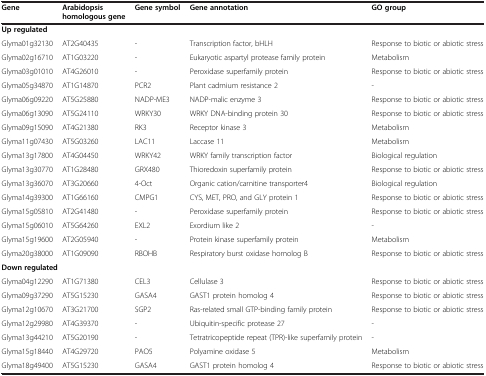
<table><thead><tr><td><b>Gene</b></td><td><b>Arabidopsis homologous gene</b></td><td><b>Gene symbol</b></td><td><b>Gene annotation</b></td><td><b>GO group</b></td></tr></thead><tbody><tr><td colspan="5"><b>Up regulated</b></td></tr><tr><td>Glyma01g32130</td><td>AT2G40435</td><td>-</td><td>Transcription factor, bHLH</td><td>Response to biotic or abiotic stress</td></tr><tr><td>Glyma02g16710</td><td>AT1G03220</td><td>-</td><td>Eukaryotic aspartyl protease family protein</td><td>Metabolism</td></tr><tr><td>Glyma03g01010</td><td>AT4G26010</td><td>-</td><td>Peroxidase superfamily protein</td><td>Response to biotic or abiotic stress</td></tr><tr><td>Glyma05g34870</td><td>AT1G14870</td><td>PCR2</td><td>Plant cadmium resistance 2</td><td>-</td></tr><tr><td>Glyma06g09220</td><td>AT5G25880</td><td>NADP-ME3</td><td>NADP-malic enzyme 3</td><td>Response to biotic or abiotic stress</td></tr><tr><td>Glyma06g13090</td><td>AT5G24110</td><td>WRKY30</td><td>WRKY DNA-binding protein 30</td><td>Response to biotic or abiotic stress</td></tr><tr><td>Glyma09g15090</td><td>AT4G21380</td><td>RK3</td><td>Receptor kinase 3</td><td>Metabolism</td></tr><tr><td>Glyma11g07430</td><td>AT5G03260</td><td>LAC11</td><td>Laccase 11</td><td>Metabolism</td></tr><tr><td>Glyma13g17800</td><td>AT4G04450</td><td>WRKY42</td><td>WRKY family transcription factor</td><td>Biological regulation</td></tr><tr><td>Glyma13g30770</td><td>AT1G28480</td><td>GRX480</td><td>Thioredoxin superfamily protein</td><td>Response to biotic or abiotic stress</td></tr><tr><td>Glyma13g36070</td><td>AT3G20660</td><td>4-Oct</td><td>Organic cation/carnitine transporter4</td><td>Biological regulation</td></tr><tr><td>Glyma14g39300</td><td>AT1G66160</td><td>CMPG1</td><td>CYS, MET, PRO, and GLY protein 1</td><td>Response to biotic or abiotic stress</td></tr><tr><td>Glyma15g05810</td><td>AT2G41480</td><td>-</td><td>Peroxidase superfamily protein</td><td>Response to biotic or abiotic stress</td></tr><tr><td>Glyma15g06010</td><td>AT5G64260</td><td>EXL2</td><td>Exordium like 2</td><td>-</td></tr><tr><td>Glyma15g19600</td><td>AT2G05940</td><td>-</td><td>Protein kinase superfamily protein</td><td>Metabolism</td></tr><tr><td>Glyma20g38000</td><td>AT1G09090</td><td>RBOHB</td><td>Respiratory burst oxidase homolog B</td><td>Response to biotic or abiotic stress</td></tr><tr><td colspan="5"><b>Down regulated</b></td></tr><tr><td>Glyma04g12290</td><td>AT1G71380</td><td>CEL3</td><td>Cellulase 3</td><td>Response to biotic or abiotic stress</td></tr><tr><td>Glyma09g37290</td><td>AT5G15230</td><td>GASA4</td><td>GAST1 protein homolog 4</td><td>Response to biotic or abiotic stress</td></tr><tr><td>Glyma12g10670</td><td>AT3G21700</td><td>SGP2</td><td>Ras-related small GTP-binding family protein</td><td>Response to biotic or abiotic stress</td></tr><tr><td>Glyma12g29980</td><td>AT4G39370</td><td>-</td><td>Ubiquitin-specific protease 27</td><td>-</td></tr><tr><td>Glyma13g44210</td><td>AT5G20190</td><td>-</td><td>Tetratricopeptide repeat (TPR)-like superfamily protein</td><td>-</td></tr><tr><td>Glyma15g18440</td><td>AT4G29720</td><td>PAO5</td><td>Polyamine oxidase 5</td><td>Metabolism</td></tr><tr><td>Glyma18g49400</td><td>AT5G15230</td><td>GASA4</td><td>GAST1 protein homolog 4</td><td>Response to biotic or abiotic stress</td></tr></tbody></table>